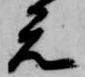
元